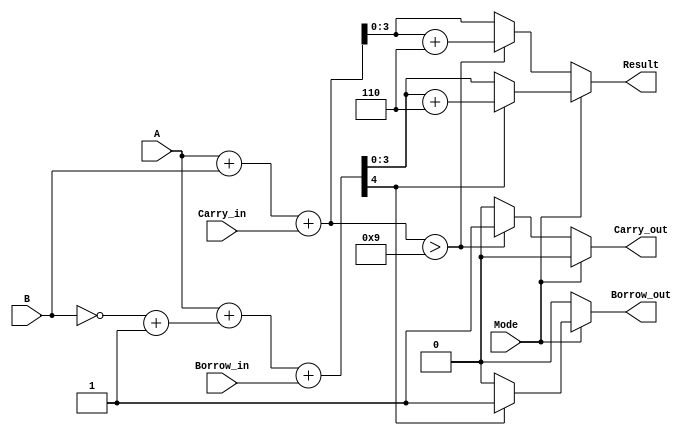
module BCD_Add_Subtracter (
    input [3:0] A,          // First BCD digit
    input [3:0] B,          // Second BCD digit
    input Mode,             // Mode: 0 for addition, 1 for subtraction
    input Carry_in,         // Carry input for addition
    input Borrow_in,        // Borrow input for subtraction
    output reg [3:0] Result, // Result BCD digit
    output reg Carry_out,    // Carry output for addition
    output reg Borrow_out     // Borrow output for subtraction
);

    wire [4:0] Sum;         // 5 bits to hold sum (to accommodate carry)
    wire [4:0] Sub;         // 5 bits to hold subtraction result
    wire [3:0] B_comp;      // Two's complement of B for subtraction
    wire [3:0] BCD_Correction; // Correction value for BCD adjustment

    // Two's complement of B for subtraction
    assign B_comp = ~B + 4'b0001; // B' = ~B + 1

    // Adder for addition
    assign Sum = A + B + Carry_in;

    // Adder for subtraction
    assign Sub = A + B_comp + Borrow_in;

    // BCD Correction Logic
    always @(*) begin
        if (Mode == 1'b0) begin // Addition
            if (Sum > 4'b1001) begin
                Result = Sum + 4'b0110; // Add 6 for BCD correction
                Carry_out = 1'b1;        // Set carry out
            end else begin
                Result = Sum[3:0];      // Valid BCD result
                Carry_out = 1'b0;       // No carry out
            end
            Borrow_out = 1'b0; // No borrow in addition
        end else begin // Subtraction
            if (Sub[4] == 1'b1) begin // If the result is negative
                Result = Sub + 4'b0110; // Add 6 for BCD correction
                Borrow_out = 1'b1;      // Set borrow out
            end else begin
                Result = Sub[3:0];      // Valid BCD result
                Borrow_out = 1'b0;      // No borrow out
            end
            Carry_out = 1'b0; // No carry in subtraction
        end
    end

endmodule